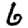
Digit: 6